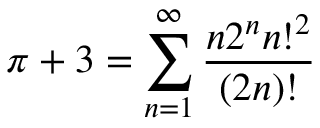
\pi + 3 = \sum _ { n = 1 } ^ { \infty } { \frac { n 2 ^ { n } n ! ^ { 2 } } { ( 2 n ) ! } }